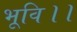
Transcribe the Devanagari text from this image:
भूवि।।